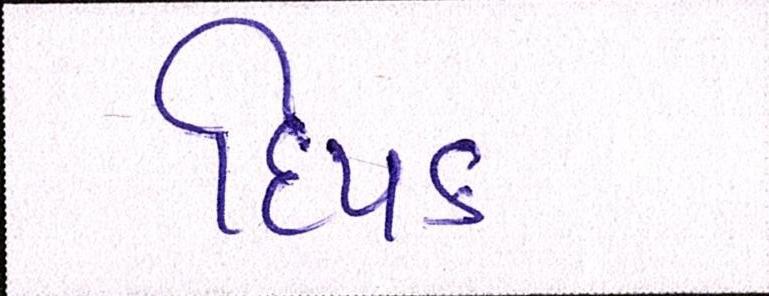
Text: દિપક